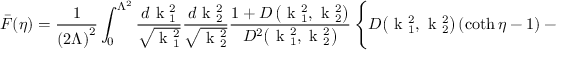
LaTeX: \bar { \cal F } ( \eta ) = \frac { 1 } { \left( 2 { \mit \Lambda } \right) ^ { 2 } } \int _ { 0 } ^ { { \mit \Lambda } ^ { 2 } } \frac { d \mathrm { \boldmath ~ k ~ } { } _ { 1 } ^ { 2 } } { \sqrt { \mathrm { \boldmath ~ k ~ } { } _ { 1 } ^ { 2 } } } \frac { d \mathrm { \boldmath ~ k ~ } { } _ { 2 } ^ { 2 } } { \sqrt { \mathrm { \boldmath ~ k ~ } { } _ { 2 } ^ { 2 } } } \frac { 1 + D \left( \mathrm { \boldmath ~ k ~ } { } _ { 1 } ^ { 2 } , \mathrm { \boldmath ~ k ~ } { } _ { 2 } ^ { 2 } \right) } { D ^ { 2 } \! \left( \mathrm { \boldmath ~ k ~ } { } _ { 1 } ^ { 2 } , \mathrm { \boldmath ~ k ~ } { } _ { 2 } ^ { 2 } \right) } \left\{ D \! \left( \mathrm { \boldmath ~ k ~ } { } _ { 1 } ^ { 2 } , \mathrm { \boldmath ~ k ~ } { } _ { 2 } ^ { 2 } \right) \left( \coth \eta - 1 \right) - \frac { \sqrt { \mathrm { \boldmath ~ k ~ } { } _ { 1 } ^ { 2 } \mathrm { \boldmath ~ k ~ } { } _ { 2 } ^ { 2 } } } { \mathrm { \boldmath ~ k ~ } { } _ { 1 } ^ { 2 } + \mathrm { \boldmath ~ k ~ } { } _ { 2 } ^ { 2 } } \frac { 1 } { \sinh \eta } \right\} \, ,